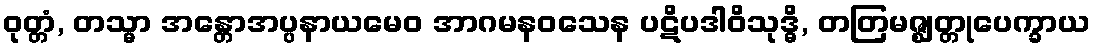
ဝုတ္တံ, တသ္မာ အန္တောအပ္ပနာယမေဝ အာဂမနဝသေန ပဋိပဒါဝိသုဒ္ဓိ, တတြမဇ္ဈတ္တုပေက္ခာယ